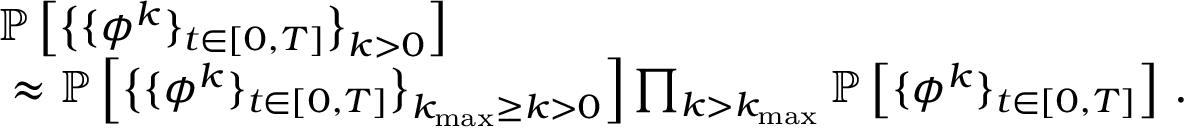
\begin{array} { r l } & { \mathbb { P } \left[ \big \{ \{ { \phi } ^ { k } \} _ { t \in [ 0 , T ] } \big \} _ { k > 0 } \right] } \\ & { ~ \approx \mathbb { P } \left[ \big \{ \{ { \phi } ^ { k } \} _ { t \in [ 0 , T ] } \big \} _ { k _ { \mathrm { m a x } } \geq k > 0 } \right] \prod _ { k > k _ { \mathrm { m a x } } } \mathbb { P } \left[ \{ { \phi } ^ { k } \} _ { t \in [ 0 , T ] } \right] \, . } \end{array}